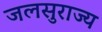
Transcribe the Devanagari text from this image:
जलसुराज्य